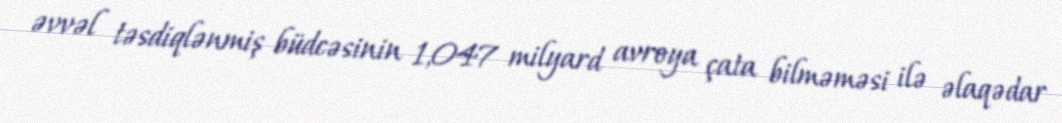
əvvəl təsdiqlənmiş büdcəsinin 1,047 milyard avroya çata bilməməsi ilə əlaqədar